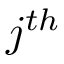
j ^ { t h }